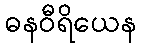
ဓနဝီရိယေန